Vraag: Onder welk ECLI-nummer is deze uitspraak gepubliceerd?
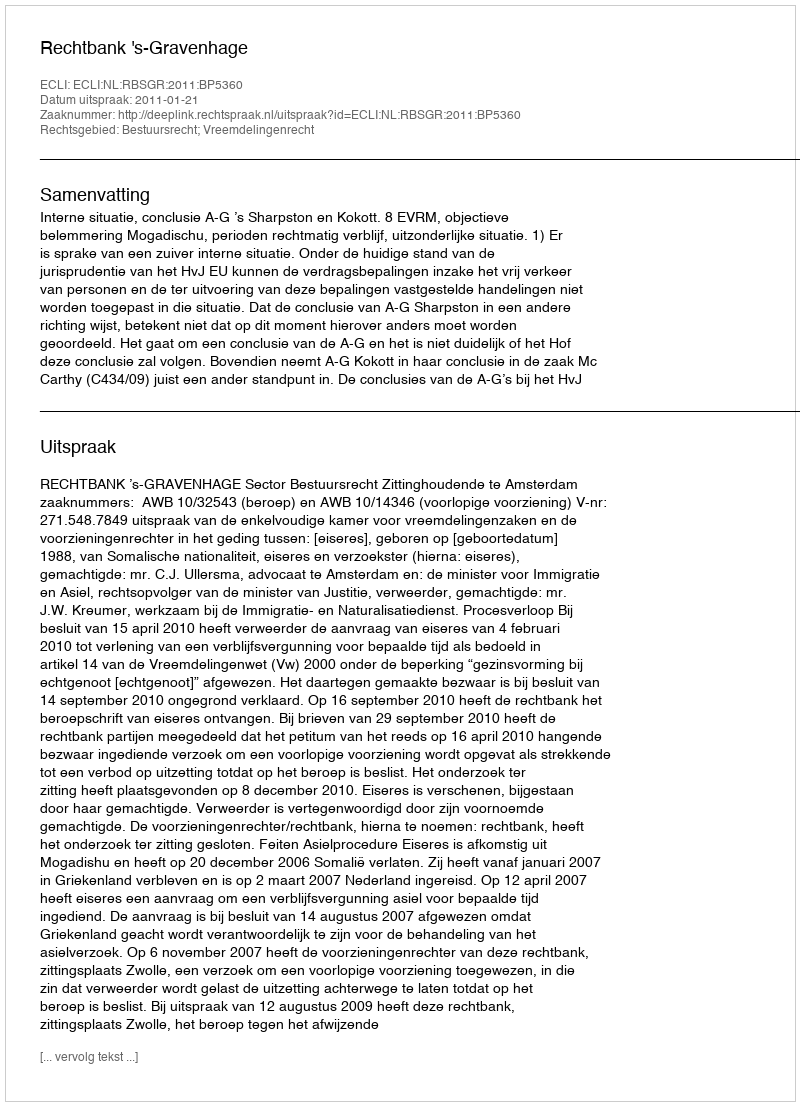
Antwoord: ECLI:NL:RBSGR:2011:BP5360